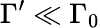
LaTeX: \Gamma^{\prime}\ll\Gamma_{0}